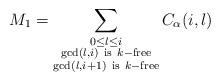
LaTeX: \begin{align*}M_1=\sum_{\substack{0\leq l\leq i\\ \gcd(l,i)\ {\rm{is}}\ k-{\rm{free}}\\ \gcd(l,i+1)\ {\rm{is}}\ k-{\rm{free}}}}C_{\alpha}(i,l)\end{align*}